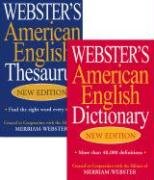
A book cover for Webster's American English Thesaurus & Webster's American English Dictionary Set; Merriam-Webster; Reference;